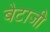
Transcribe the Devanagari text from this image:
बेटाजी